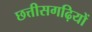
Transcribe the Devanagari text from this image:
छत्तीसगढ़ियों